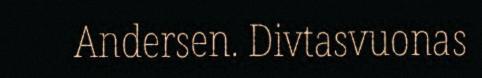
Andersen. Divtasvuonas